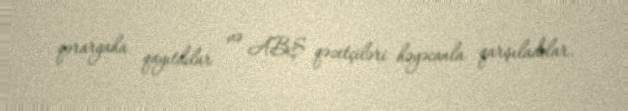
qərargaha qayıtdılar və ABŞ qəzetçiləri həyəcanla qarşıladılar.